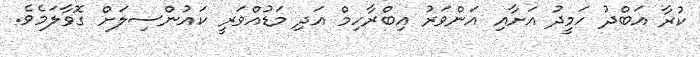
ކުރާ އަބްދު ހަމީދު އަށާއި އަންވަރު އިބްރާހިމް އަދި މަޑުއްވަރީ ކައުންސިލަށް ގޮވާލަމެވެ.